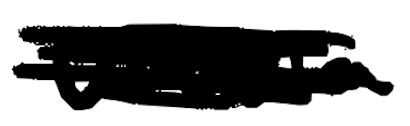
Text: Ursula
Cross-out: scratch
Writing tool: digital_black